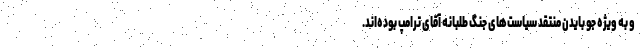
و به ویژه جو بایدن منتقد سیاست‌های جنگ طلبانه آقای ترامپ بوده‌اند.